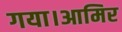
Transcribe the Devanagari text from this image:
गया।आमिर